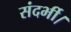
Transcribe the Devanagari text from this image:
संदर्भी।